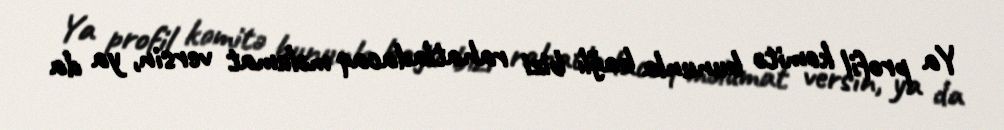
Ya profil komitə bununla bağlı bizi rahatladacaq məlumat versin, ya da